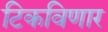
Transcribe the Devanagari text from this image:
टिकविणार